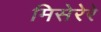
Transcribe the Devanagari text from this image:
मिसेरेरे